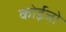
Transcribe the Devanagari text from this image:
कोईजो